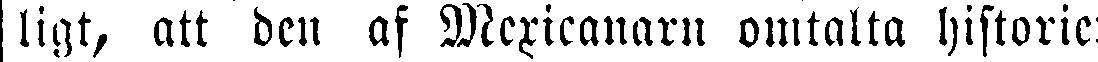
ligt, att den af Mexicanarn omtalta historien